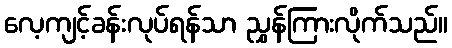
လေ့ကျင့်ခန်းလုပ်ရန်သာ ညွှန်ကြားလိုက်သည်။